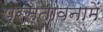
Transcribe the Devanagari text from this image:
प्रस्‍तावनामें